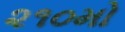
૨૧૦મો